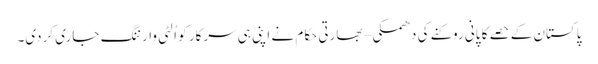
پاکستان کے حصے کا پانی روکنے کی دھمکی – بھارتی حکام نے اپنی ہی سرکار کو اُلٹی وارننگ جاری کردی۔